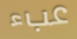
عبء